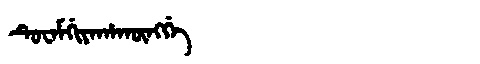
Manchu: ᡨᡠᠸᠠᠮᡤᡳᠶᠠᡥᠠᡴᡡᠩᡤᡝ
Romanization: TUWAMGIYAHAKŪNGGE